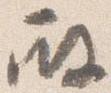
殿